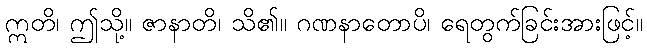
ဣတိ၊ ဤသို့။ ဇာနာတိ၊ သိ၏။ ဂဏနာတောပိ၊ ရေတွက်ခြင်းအားဖြင့်။